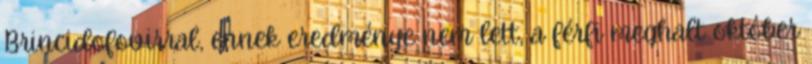
Brincidofovirral, ennek eredménye nem lett, a férfi meghalt október